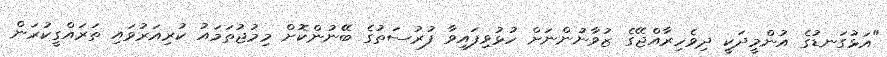
"އަޅުގަނޑުގެ އުންމީދަކީ ދިވެހިރާއްޖޭގެ ޒުވާނުންނަށް ހުޅުވިފައިވާ ފުރުސަތުގެ ބޭނުންކޮށް މިމުޖުތަމައު ކުރިއަރުވައި ތަރައްގީކުރަން